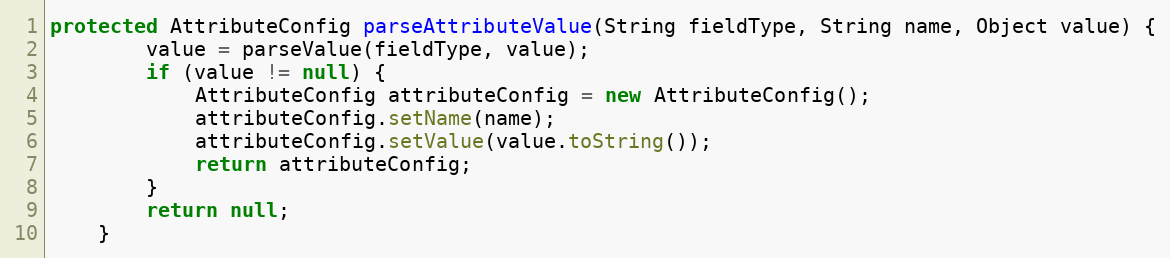
Language: Java
protected AttributeConfig parseAttributeValue(String fieldType, String name, Object value) {
		value = parseValue(fieldType, value);
		if (value != null) {
			AttributeConfig attributeConfig = new AttributeConfig();
			attributeConfig.setName(name);
			attributeConfig.setValue(value.toString());
			return attributeConfig;
		}
		return null;
	}